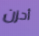
أحزن